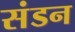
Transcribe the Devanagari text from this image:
संडन